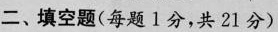
二、填空题(每题1分，共21分)